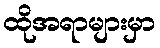
ထိုအရာများမှာ